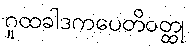
ဂူထခါဒကပေတိဝတ္ထု